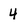
Character: 4